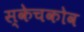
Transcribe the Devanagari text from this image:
स्केचकोव